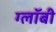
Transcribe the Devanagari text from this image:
ग्लॉबी